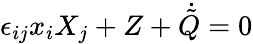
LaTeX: \epsilon_{ij}x_{i}X_{j}+Z+\dot{\tilde{Q}}=0